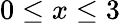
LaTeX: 0\leq x\leq 3